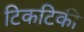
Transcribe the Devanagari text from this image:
टिकटिकी